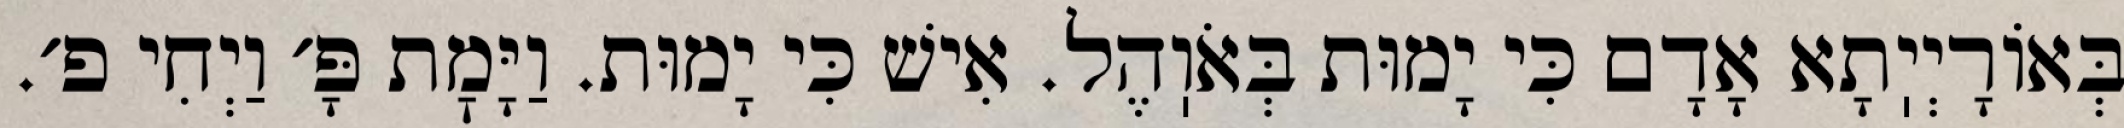
בְּאוֹרָיְיֽתָא אָדָם כִּי יָמוּת בְּאֹוֽהֶל. אִישׁ כִּי יָמוּת. וַיָּמׇת פָּ׳ וַיְחִי פ׳.